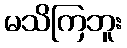
မသိကြဘူး